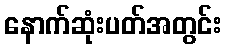
နောက်ဆုံးပတ်အတွင်း